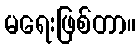
မရေးဖြစ်တာ။